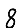
Digit: 8